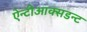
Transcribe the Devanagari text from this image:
ऐन्टीआक्सडन्ट